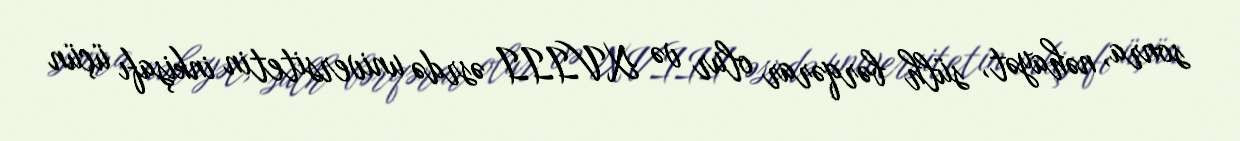
sonra, nəhayət, sülh bərqərar olur və XVIII əsrdə universitetin inkişafı üçün